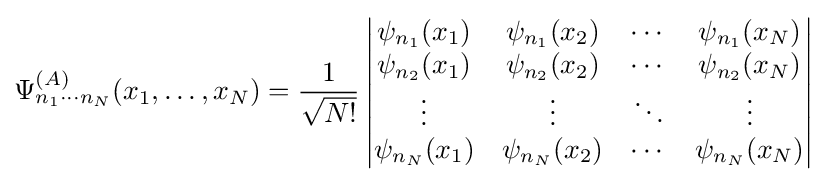
\Psi _{n_{1}\cdots n_{N}}^{(A)}(x_{1},\ldots ,x_{N})={\frac {1}{\sqrt {N!}}}\left|{\begin{matrix}\psi _{n_{1}}(x_{1})&\psi _{n_{1}}(x_{2})&\cdots &\psi _{n_{1}}(x_{N})\\\psi _{n_{2}}(x_{1})&\psi _{n_{2}}(x_{2})&\cdots &\psi _{n_{2}}(x_{N})\\\vdots &\vdots &\ddots &\vdots \\\psi _{n_{N}}(x_{1})&\psi _{n_{N}}(x_{2})&\cdots &\psi _{n_{N}}(x_{N})\\\end{matrix}}\right|